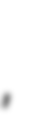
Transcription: فصلی,